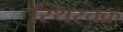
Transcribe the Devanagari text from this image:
स्थिरचक्र